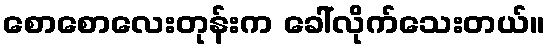
စောစောလေးတုန်းက ခေါ်လိုက်သေးတယ်။